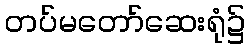
တပ်မတော်ဆေးရုံ၌